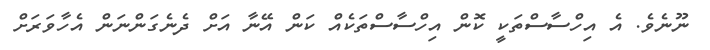
ނޫނެވެ. އެ އިހްސާސްތަކީ ކޮން އިހްސާސްތަކެއް ކަން އޭނާ އަށް ދެނެގަންނަން އެހާވަރަށް